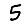
Digit: 5